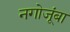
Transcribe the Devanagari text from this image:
नगोजूंबा